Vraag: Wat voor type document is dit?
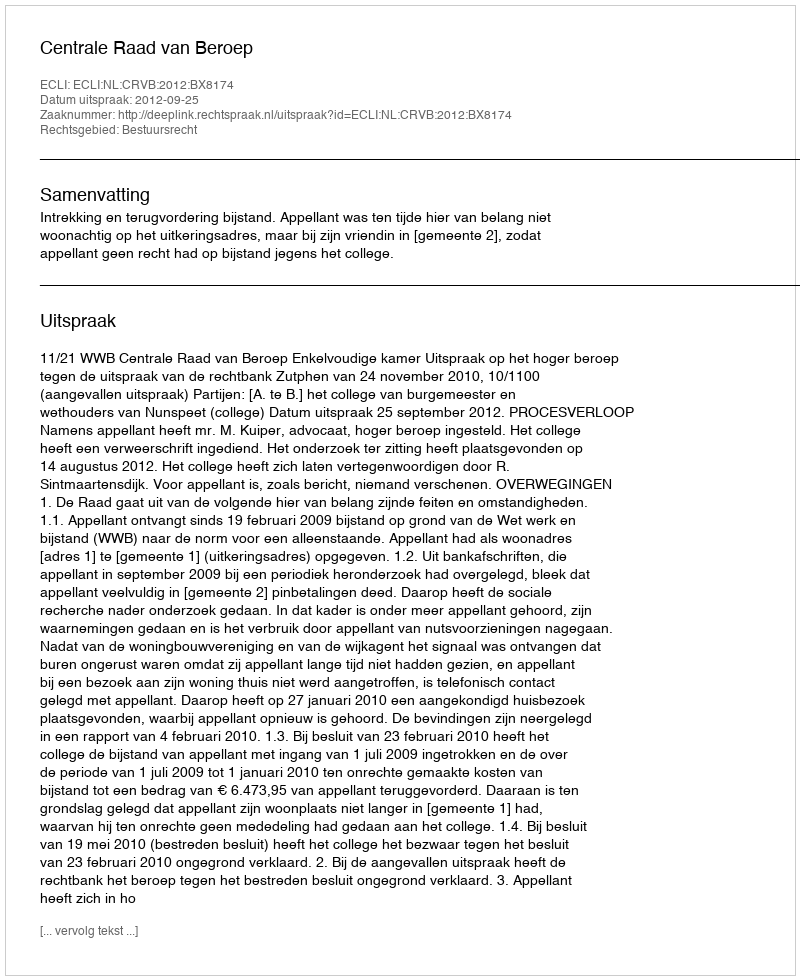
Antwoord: Uitspraak